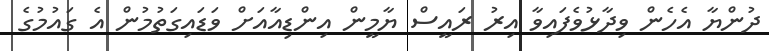
ދުންޔާ އެހެން ވިދާޅުވެފައިވާ އިރު ރައީސް ޔާމީން އިންޑިއާއަށް ވަޑައިގަތުމުން އެ ގައުމުގެ